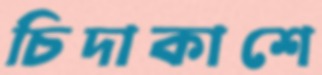
চিদাকাশে